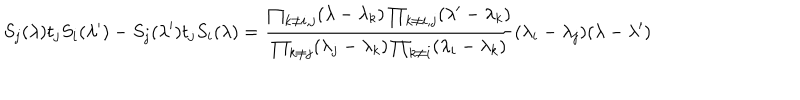
S _ { j } ( \lambda ) t _ { j } S _ { i } ( \lambda ^ { \prime } ) - S _ { j } ( \lambda ^ { \prime } ) t _ { j } S _ { i } ( \lambda ) = { \frac { \prod _ { k \neq i , j } ( \lambda - \lambda _ { k } ) \prod _ { k \neq i , j } ( \lambda ^ { \prime } - \lambda _ { k } ) } { \prod _ { k \neq j } ( \lambda _ { j } - \lambda _ { k } ) \prod _ { k \neq i } ( \lambda _ { i } - \lambda _ { k } ) } } ( \lambda _ { i } - \lambda _ { j } ) ( \lambda - \lambda ^ { \prime } )